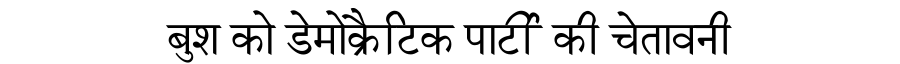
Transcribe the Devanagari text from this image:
बुश को डेमोक्रैटिक पार्टी की चेतावनी